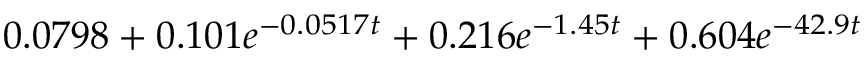
0 . 0 7 9 8 + 0 . 1 0 1 e ^ { - 0 . 0 5 1 7 t } + 0 . 2 1 6 e ^ { - 1 . 4 5 t } + 0 . 6 0 4 e ^ { - 4 2 . 9 t }